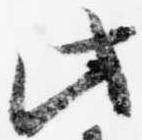
此